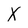
Character: X